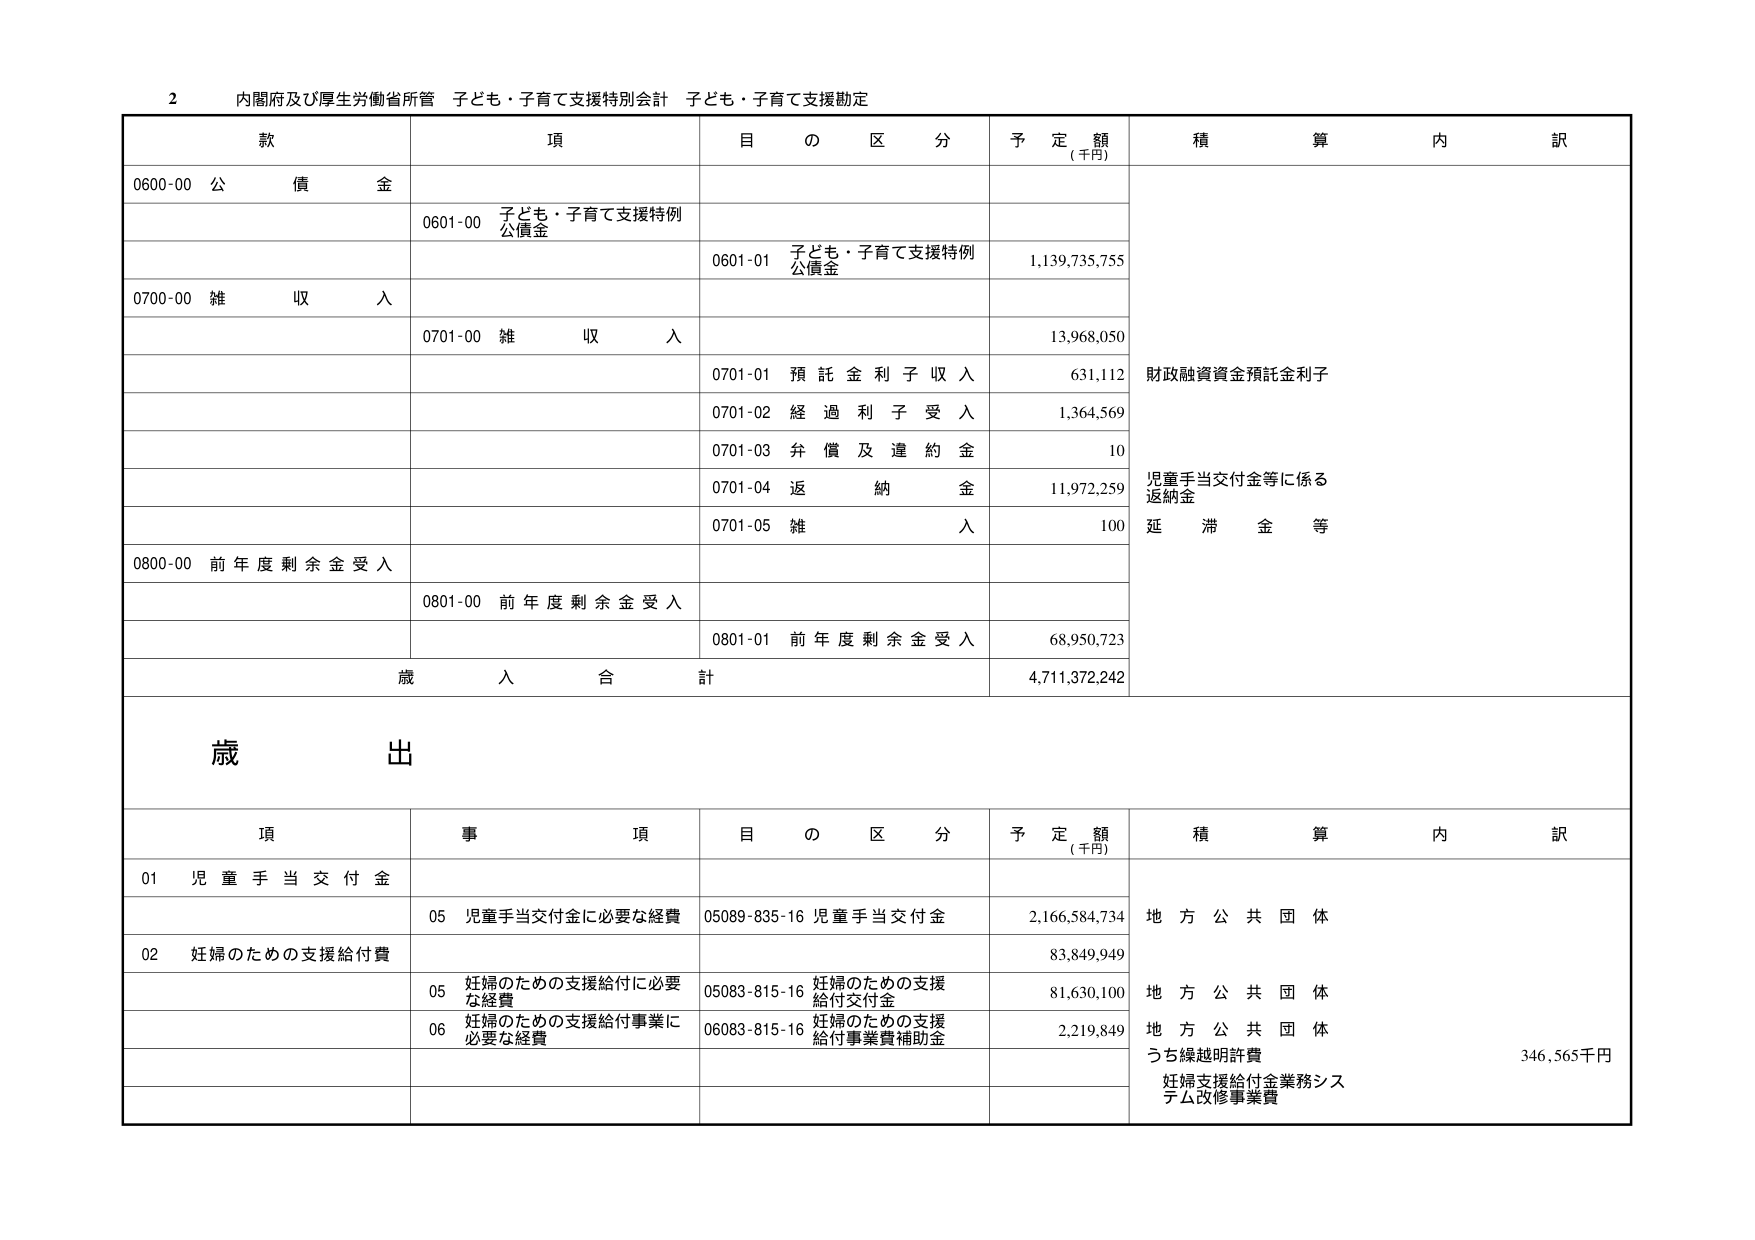
2 内閣府及び厚生労働省所管 子ども・子育て支援特別会計 子ども・子育て支援勘定

款 項 目の区分 予定額 (千円) 積算 内訳
0600-00 公債金
0601-00 子ども・子育て支援特例 公債金
0601-01 子ども・子育て支援特例 公債金 1,139,735,755
0700-00 雑収入
0701-00 雑収入 13,968,050
0701-01 預託金利子収入 631,112 財政融資資金預託金利子
0701-02 経過利子受入 1,364,569
0701-03 弁償及違約金 10
0701-04 返納金 11,972,259 児童手当交付金等に係る 返納金
0701-05 雑収入 100 延滞金等
0800-00 前年度剰余金受入
0801-00 前年度剰余金受入
0801-01 前年度剰余金受入 68,950,723
歳入合計 4,711,372,242

歳出

項 事項 目の区分 予定額 (千円) 積算 内訳
01 児童手当交付金
05 児童手当交付金に必要な経費 05089-835-16 児童手当交付金 2,166,584,734 地方公共団体
02 妊婦のための支援給付費
05 妊婦のための支援給付に必要な経費 05083-815-16 妊婦のための支援 給付交付金 81,630,100 地方公共団体
06 妊婦のための支援給付事業に必要な経費 06083-815-16 妊婦のための支援 給付事業費補助金 2,219,849 地方公共団体
うち繰越明許費 346,565千円
妊婦支援給付金業務システム改修事業費